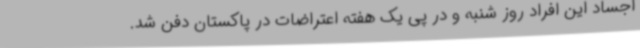
اجساد این افراد روز شنبه و در پی یک هفته اعتراضات در پاکستان دفن شد.